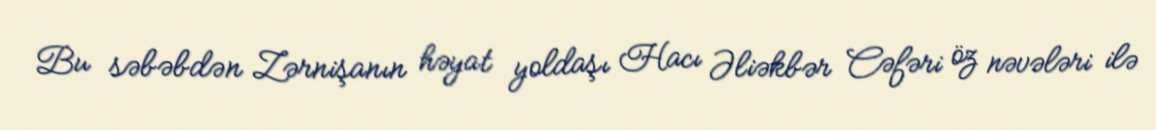
Bu səbəbdən Zərnişanın həyat yoldaşı Hacı Əliəkbər Cəfəri öz nəvələri ilə